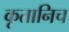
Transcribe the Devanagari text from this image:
कृतानिच